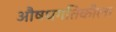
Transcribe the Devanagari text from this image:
औषधगतिकीला